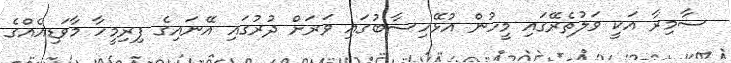
ސާމިރާ އަކީ ވަލުތެރޭގައި މީހުން އުޅޭހިސާބުގައި ވަރަށް ދުރުގައި އޭނައިގެ ފިރިމީހާ މާވަޑިއެއްގެ